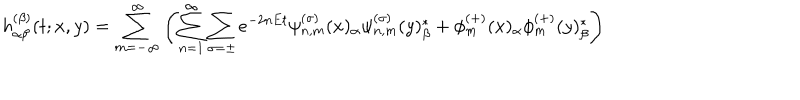
LaTeX: h _ { \alpha \beta } ^ { ( \beta ) } ( t ; x , y ) = \sum _ { m = - \infty } ^ { \infty } \left( \sum _ { n = 1 } ^ { \infty } \sum _ { \sigma = \pm } e ^ { - 2 n E t } { \psi _ { n , m } ^ { ( \sigma ) } ( x ) _ { \alpha } { \psi } _ { n , m } ^ { ( \sigma ) } ( y ) _ { \beta } ^ { * } } + \phi _ { m } ^ { ( + ) } ( x ) _ { \alpha } \phi _ { m } ^ { ( + ) } ( y ) _ { \beta } ^ { * } \right)